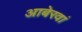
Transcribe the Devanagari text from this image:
आबेरवां